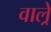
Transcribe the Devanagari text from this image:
वाल्रे